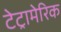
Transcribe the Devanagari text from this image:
टेट्रामेरिक